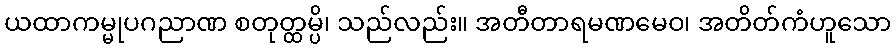
ယထာကမ္မုပဂညာဏ စတုတ္ထမ္ပိ၊ သည်လည်း။ အတီတာရမဏမေဝ၊ အတိတ်ကံဟူသော